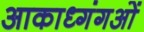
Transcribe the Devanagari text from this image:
आकाध्गंगओं